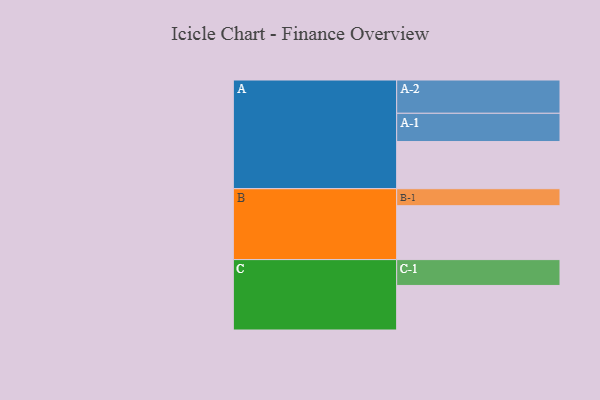
{"axis": {"x": "Segment", "y": "Value"}, "legend": ["", "A", "B", "C"], "data": [{"x": "A", "y": 394, "type": ""}, {"x": "B", "y": 450, "type": ""}, {"x": "C", "y": 372, "type": ""}, {"x": "A-1", "y": 236, "type": "A"}, {"x": "A-2", "y": 278, "type": "A"}, {"x": "B-1", "y": 142, "type": "B"}, {"x": "C-1", "y": 216, "type": "C"}]}